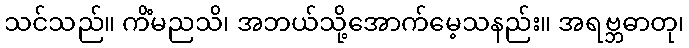
သင်သည်။ ကိံမညသိ၊ အဘယ်သို့အောက်မေ့သနည်း။ အရဗ္ဘဓာတု၊